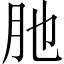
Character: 肔